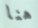
هنا